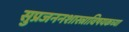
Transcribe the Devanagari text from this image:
सुप्रजननशास्त्राविषयकच्या